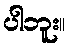
ပါဘူး။